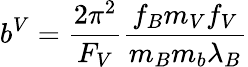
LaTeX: b^{V}=\frac{2\pi^{2}}{F_{V}}\frac{f_{B}m_{V}f_{V}}{m_{B}m_{b}\lambda_{B}}